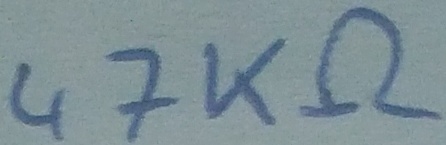
Text: 47KΩ